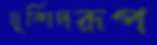
মুর্শিদরূপ